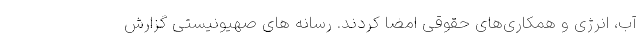
آب، انرژی و همکاری‌های حقوقی امضا کردند. رسانه های صهیونیستی گزارش